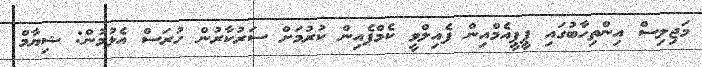
މަޖިލިސް އިންތިހާބުގައި ޕީޕީއެމްއިން ފެއިލްވީ ކެމްޕެއިން ކުރުމަށް ސަރުކާރުން ހުރަސް އެޅުމުން: ޝިޔާމް